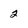
Character: 2